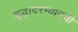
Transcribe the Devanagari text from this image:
युद्धादरम्यानची